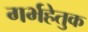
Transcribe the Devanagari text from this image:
गर्भहेतुक